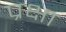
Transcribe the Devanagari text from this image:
प्रक्षा